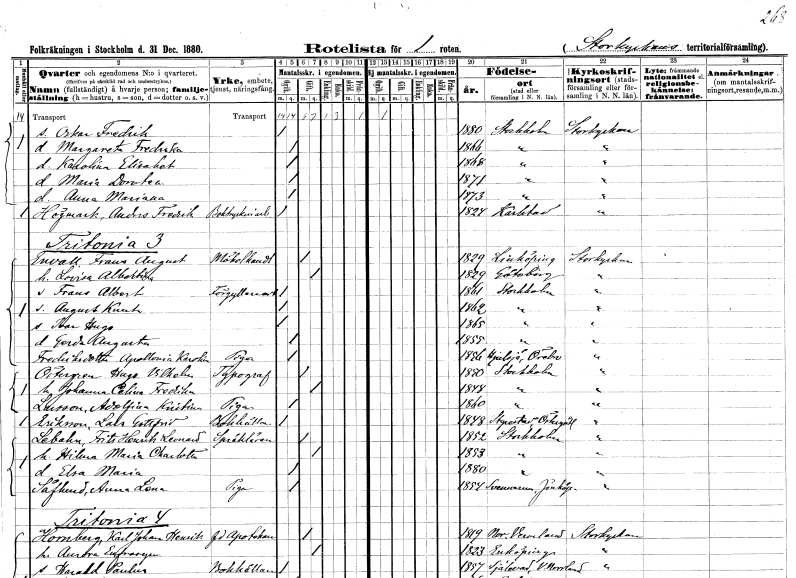
gt_parse: households: individuals: FN: Oskar Fredrik
KON: M
CIV: O
FODAR: 1880
FODFORS: Stockholm
FN: Margareta Fredrika
KON: K
CIV: O
FODAR: 1866
FODFORS: Stockholm
FN: Karolina Elisabet
KON: K
CIV: O
FODAR: 1868
FODFORS: Stockholm
FN: Maria Dorotea
KON: K
CIV: O
FODAR: 1871
FODFORS: Stockholm
FN: Anna Mariana
KON: K
CIV: O
FODAR: 1873
FODFORS: Stockholm
FN: Anders Fredrik
EN: Högmark
YRKE: Boktryckeriarbetare
KON: M
CIV: O
FODAR: 1824
FODFORS: Karlstad Värmlands län
FN: Frans August
EN: Envall
YRKE: Möbelhandlare
KON: M
CIV: G
FODAR: 1829
FODFORS: Linköping Östergötlands län
FN: Lovisa Albertina
KON: K
CIV: G
FODAR: 1829
FODFORS: Göteborg Göteborgs- och Bohuslän
FN: Frans Albert
YRKE: Förgyllningsarbetare
KON: M
CIV: O
FODAR: 1861
FODFORS: Stockholm
FN: August Knut
KON: M
CIV: O
FODAR: 1862
FODFORS: Stockholm
FN: Ivar Hugo
KON: M
CIV: O
FODAR: 1865
FODFORS: Stockholm
FN: Gerda Augusta
KON: K
CIV: O
FODAR: 1855
FODFORS: Stockholm
FN: Appolonia Karolina
EN: Fredriksdotter
YRKE: Piga
KON: K
CIV: O
FODAR: 1856
FODFORS: Hjulsjö Örebro län
FN: Hugo Vilhelm
EN: Östergren
YRKE: Typograf
KON: M
CIV: G
FODAR: 1850
FODFORS: Stockholm
FN: Johanna Celina Fredrika
KON: K
CIV: G
FODAR: 1848
FODFORS: Stockholm
FN: Adolfina Kristina
EN: Larsson
YRKE: Piga
KON: K
CIV: O
FODAR: 1860
FODFORS: Stockholm
FN: Lars Gottfrid
EN: Eriksson
YRKE: Bokhållare
KON: M
CIV: O
FODAR: 1848
FODFORS: Styrstad Östergötlands län
FN: Frits Henrich Leonard
EN: Lebahn
YRKE: Språklärare
KON: M
CIV: G
FODAR: 1852
FODFORS: Stockholm
FN: Hilma Maria Charlotta
KON: K
CIV: G
FODAR: 1853
FODFORS: Stockholm
FN: Elsa Maria
KON: K
CIV: O
FODAR: 1880
FODFORS: Stockholm
FN: Anna Lena
EN: Säflund
YRKE: Piga
KON: K
CIV: O
FODAR: 1854
FODFORS: Svenarum Jönköpings län